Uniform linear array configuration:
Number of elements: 16
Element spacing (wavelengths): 1
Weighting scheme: exponential
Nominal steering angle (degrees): -60
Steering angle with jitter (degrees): -60.683
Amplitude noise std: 0.05
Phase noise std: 0.05

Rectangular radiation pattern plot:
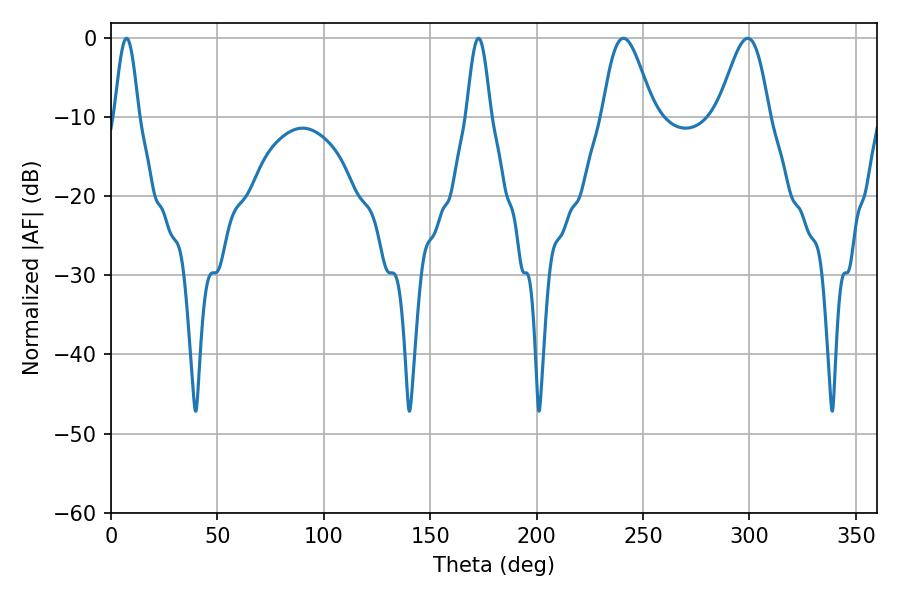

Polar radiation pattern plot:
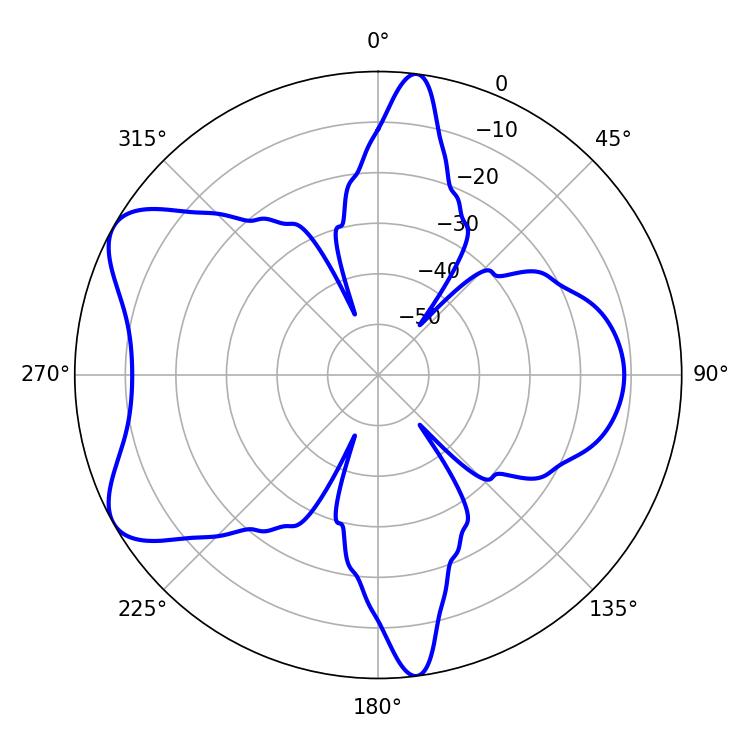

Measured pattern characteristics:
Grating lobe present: TRUE
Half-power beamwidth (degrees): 12.78
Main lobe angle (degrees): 299.16